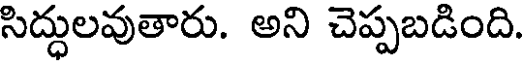
సిద్దులవుతారు. అని చెప్పబడింది.